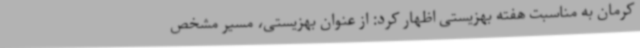
کرمان به مناسبت هفته بهزیستی اظهار کرد: از عنوان بهزیستی، مسیر مشخص